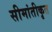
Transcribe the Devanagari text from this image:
सीमांतीकृत